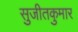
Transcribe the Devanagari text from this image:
सुजीतकुमार